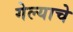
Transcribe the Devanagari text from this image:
गेल्‍याचे